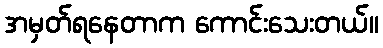
အမှတ်ရနေတာက ကောင်းသေးတယ်။